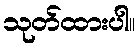
သုတ်ထားပါ။